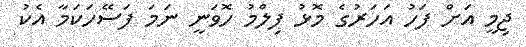
ޖިމީ އަށް ފަހު އަަހަރުގެ މޮޅު ފިލްމު ހޮވަނީ ނަމަ ފަސޭހަކަމާ އެކު